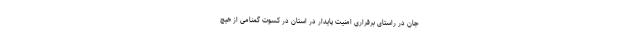
جان در راستای برقراری امنیت پایدار در استان در کسوت گمنامی از هیچ